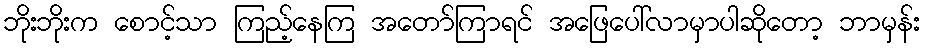
ဘိုးဘိုးက စောင့်သာ ကြည့်နေကြ အတော်ကြာရင် အဖြေပေါ်လာမှာပါဆိုတော့ ဘာမှန်း